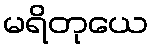
မရိတုယေ